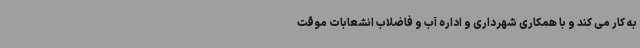
به کار می کند و با همکاری شهرداری و اداره آب و فاضلاب انشعابات موقت